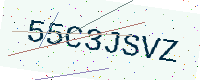
Text: 55C3JSVZ